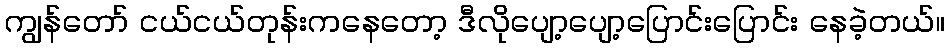
ကျွန်တော် ငယ်ငယ်တုန်းကနေတော့ ဒီလိုပျော့ပျော့ပြောင်းပြောင်း နေခဲ့တယ်။